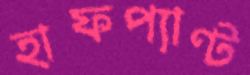
হাফপ্যাণ্ট